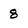
Character: 8